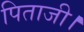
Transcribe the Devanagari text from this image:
पिताजी।